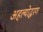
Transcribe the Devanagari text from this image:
अहल्योद्धरण